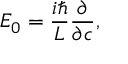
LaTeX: E _ { 0 } = { \frac { i \hbar } { L } } { \frac { \partial } { \partial c } } ,